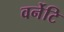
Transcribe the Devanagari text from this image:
वर्नेटि